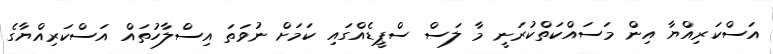
އަސްކަރިއްޔާ އިން މަސައްކަތްކުރަނީ މާ ލަސް ސްޕީޑެއްގައި ކަމަށް ނުވަތަ އިސްލާހުތައް އަސްކަރިއްޔާގެ